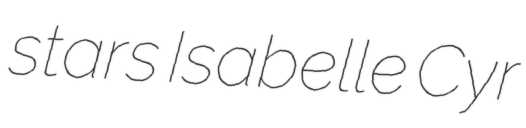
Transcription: stars Isabelle Cyr